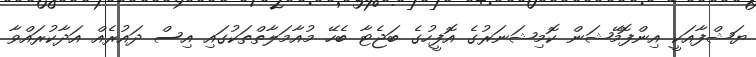
ޔަޝްފާއަކީ އިންފޮމޭޝަން ކޮމިޝަނަރުގެ އޮފީހުގެ ބަޖެޓާ ބެހޭ މުއާމަލާތްތަކުގައި އިސް ދައުރެއް އަދާކުރައްވާ